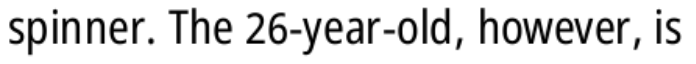
spinner. The 26-year-old, however, is